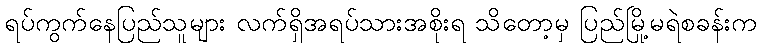
ရပ်ကွက်နေပြည်သူများ လက်ရှိအရပ်သားအစိုးရ သိတော့မှ ပြည်မြို့မရဲစခန်းက